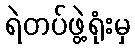
ရဲတပ်ဖွဲ့ရုံးမှ